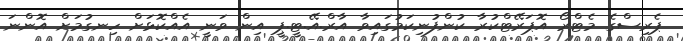
ޕެރިސްގެ މެޓްރޯ އޮޕަރޭޓްކުރާ ކުންފުނިކަމުގައިވާ އާރް.އޭ.ޓީ.ޕީ އިން ވަނީ އެއްކޮޅަށް ހިނގުމަށް އޮންނަ